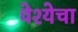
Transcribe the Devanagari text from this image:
वेश्येचा